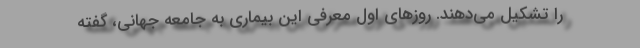
را تشکیل می‌دهند. روزهای اول معرفی این بیماری به جامعه جهانی، گفته